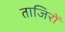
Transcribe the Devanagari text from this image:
ताजिरों